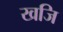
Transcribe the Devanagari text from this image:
खजि